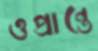
ওপ্রান্তে